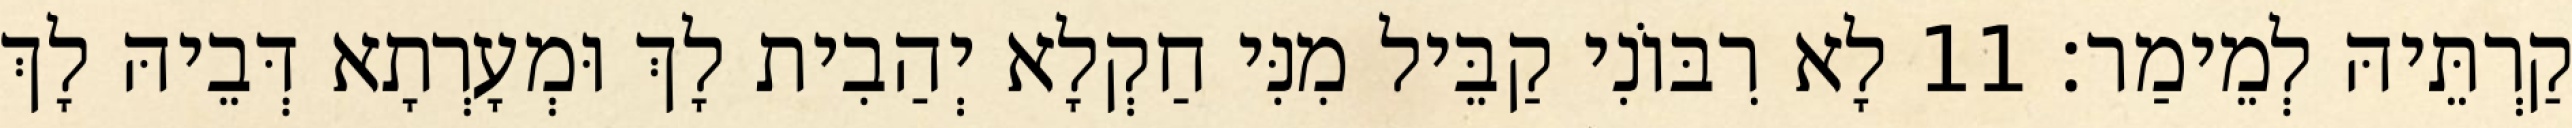
קַרְתֵּיהּ לְמֵימַר׃ 11 לָא רִבּוֹנִי קַבֵּיל מִנִּי חַקְלָא יְהַבִית לָךְ וּמְעָרְתָא דְּבֵיהּ לָךְ